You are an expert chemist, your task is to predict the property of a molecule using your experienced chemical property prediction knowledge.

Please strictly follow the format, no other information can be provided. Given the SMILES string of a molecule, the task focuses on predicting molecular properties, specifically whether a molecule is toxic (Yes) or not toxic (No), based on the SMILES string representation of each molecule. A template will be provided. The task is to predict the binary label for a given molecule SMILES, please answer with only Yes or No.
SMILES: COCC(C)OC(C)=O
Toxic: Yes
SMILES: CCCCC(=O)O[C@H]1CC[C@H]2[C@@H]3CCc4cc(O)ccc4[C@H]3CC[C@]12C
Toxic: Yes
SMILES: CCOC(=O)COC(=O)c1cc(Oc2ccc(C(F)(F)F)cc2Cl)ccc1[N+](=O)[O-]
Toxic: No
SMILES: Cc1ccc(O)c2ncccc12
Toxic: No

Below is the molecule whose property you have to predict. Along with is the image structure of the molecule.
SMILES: O=C(OCC(COC(=O)c1ccccc1)(COC(=O)c1ccccc1)COC(=O)c1ccccc1)c1ccccc1
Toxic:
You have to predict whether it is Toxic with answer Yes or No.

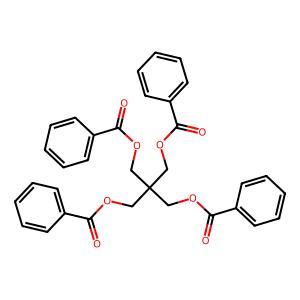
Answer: No